Scottish Leaving Certificate Examination, 1953
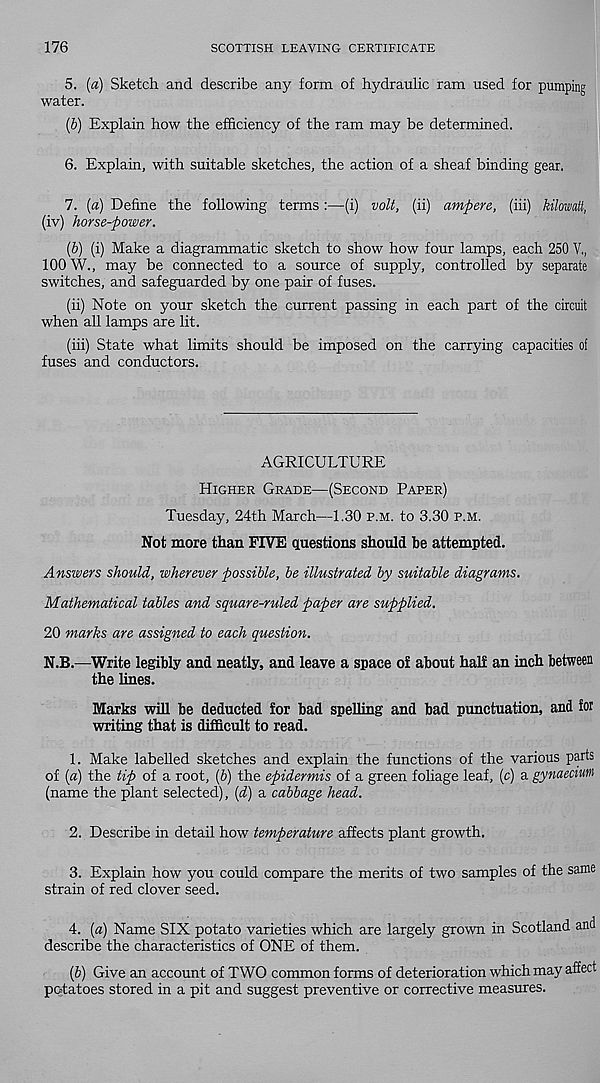
176
SCOTTISH LEAVING CERTIFICATE
5. («) Sketch and describe any form of hydraulic ram used for pumping
water.
(5) Explain how the efficiency of the ram may be determined.
6. Explain, with suitable sketches, the action of a sheaf binding gear,
7. (a) Define the following terms :—(i) volt, (ii) ampere, (iii) kilowatt,
(iv) horse-power.
(b) (i) Make a diagrammatic sketch to show how four lamps, each 250 V.,
100 W., may be connected to a source of supply, controlled by separate
switches, and safeguarded by one pair of fuses.
(ii) Note on your sketch the current passing in each part of the circuit
when all lamps are lit.
(iii) State what limits should be imposed on the carrying capacities of
fuses and conductors.
AGRICULTURE
Higher Grade—(Second Paper)
Tuesday, 24th March—1.30 p.m. to 3.30 p.m.
Not more than FIVE questions should be attempted.
Answers should, wherever possible, be illustrated by suitable diagrams.
Mathematical tables and square-ruled paper are supplied.
20 marks are assigned to each question.
N.B.—Write legibly and neatly, and leave a space of about half an inch between
the lines.
Marks will be deducted for bad spelling and bad punctuation, and ior
writing that is difficult to read.
1. Make labelled sketches and explain the functions of the various parts
of (a) the tip of a root, (6) the epidermis of a green foliage leaf, (c) a gynaecwm
(name the plant selected), [d) a cabbage head.
2. Describe in detail how temperature affects plant growth.
3. Explain how you could compare the merits of two samples of the same
strain of red clover seed.
4. [a) Name SIX potato varieties which are largely grown in Scotland and
describe the characteristics of ONE of them.
(b) Give an account of TWO common forms of deterioration which may affect
potatoes stored in a pit and suggest preventive or corrective measures.